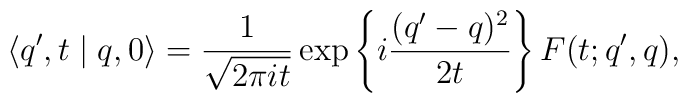
\langle q',t\mid q,0 \rangle = \frac{1}{\sqrt{2\pi it}}  \exp \left\{i \frac{(q'-q)^2}{2t} \right\} F(t;q',q),